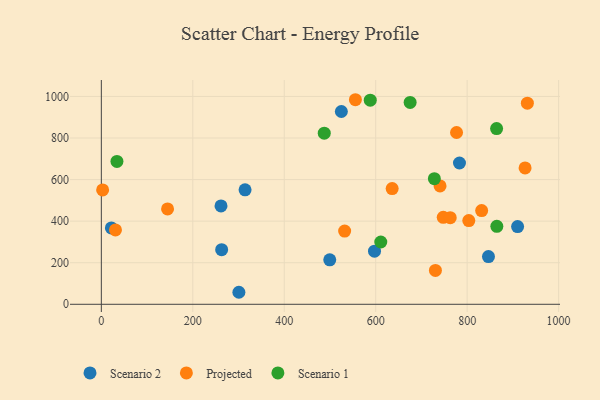
{"axis": {"x": "Study Hours", "y": "Fuel Efficiency"}, "legend": ["Projected", "Scenario 1", "Scenario 2"], "data": [{"x": "524.9", "y": 927.6, "type": "Scenario 2"}, {"x": "846.6", "y": 229.6, "type": "Scenario 2"}, {"x": "783.2", "y": 679.7, "type": "Scenario 2"}, {"x": "261.7", "y": 473.4, "type": "Scenario 2"}, {"x": "263.1", "y": 262.6, "type": "Scenario 2"}, {"x": "21.9", "y": 367.6, "type": "Scenario 2"}, {"x": "300.8", "y": 57.8, "type": "Scenario 2"}, {"x": "597.4", "y": 255.5, "type": "Scenario 2"}, {"x": "499.5", "y": 214.0, "type": "Scenario 2"}, {"x": "314.3", "y": 550.6, "type": "Scenario 2"}, {"x": "910.3", "y": 373.7, "type": "Scenario 2"}, {"x": "926.7", "y": 656.2, "type": "Projected"}, {"x": "803.6", "y": 402.6, "type": "Projected"}, {"x": "747.7", "y": 418.4, "type": "Projected"}, {"x": "831.7", "y": 451.1, "type": "Projected"}, {"x": "555.6", "y": 984.2, "type": "Projected"}, {"x": "931.7", "y": 967.8, "type": "Projected"}, {"x": "144.8", "y": 458.6, "type": "Projected"}, {"x": "776.8", "y": 826.5, "type": "Projected"}, {"x": "636.0", "y": 556.6, "type": "Projected"}, {"x": "2.8", "y": 550.0, "type": "Projected"}, {"x": "532.1", "y": 352.4, "type": "Projected"}, {"x": "730.6", "y": 162.7, "type": "Projected"}, {"x": "740.7", "y": 569.4, "type": "Projected"}, {"x": "763.0", "y": 416.5, "type": "Projected"}, {"x": "30.9", "y": 357.9, "type": "Projected"}, {"x": "864.4", "y": 845.5, "type": "Scenario 1"}, {"x": "588.1", "y": 982.2, "type": "Scenario 1"}, {"x": "34.1", "y": 687.3, "type": "Scenario 1"}, {"x": "728.3", "y": 604.4, "type": "Scenario 1"}, {"x": "611.1", "y": 299.8, "type": "Scenario 1"}, {"x": "864.9", "y": 375.1, "type": "Scenario 1"}, {"x": "487.5", "y": 823.1, "type": "Scenario 1"}, {"x": "675.3", "y": 971.3, "type": "Scenario 1"}]}